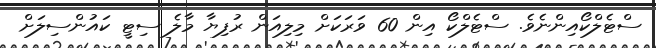
ސްޓެލްކޯއިންނެވެ. ސްޓެލްކޯ އިން 60 ވަރަކަށް މިލިއަން ރުފިޔާ މާލެ ސިޓީ ކައުންސިލަށް